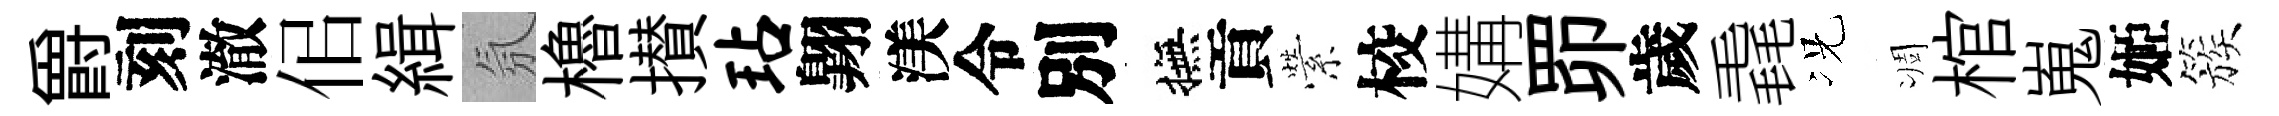
爵刻澈佀緝氛櫓攅玷翺渼令別撫貢縈校媾𦊑歲毳况凋棺嵬姬簇